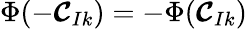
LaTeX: \Phi(-{\boldsymbol{\mathcal{C}}}_{Ik})=-\Phi({\boldsymbol{\mathcal{C}}}_{Ik})